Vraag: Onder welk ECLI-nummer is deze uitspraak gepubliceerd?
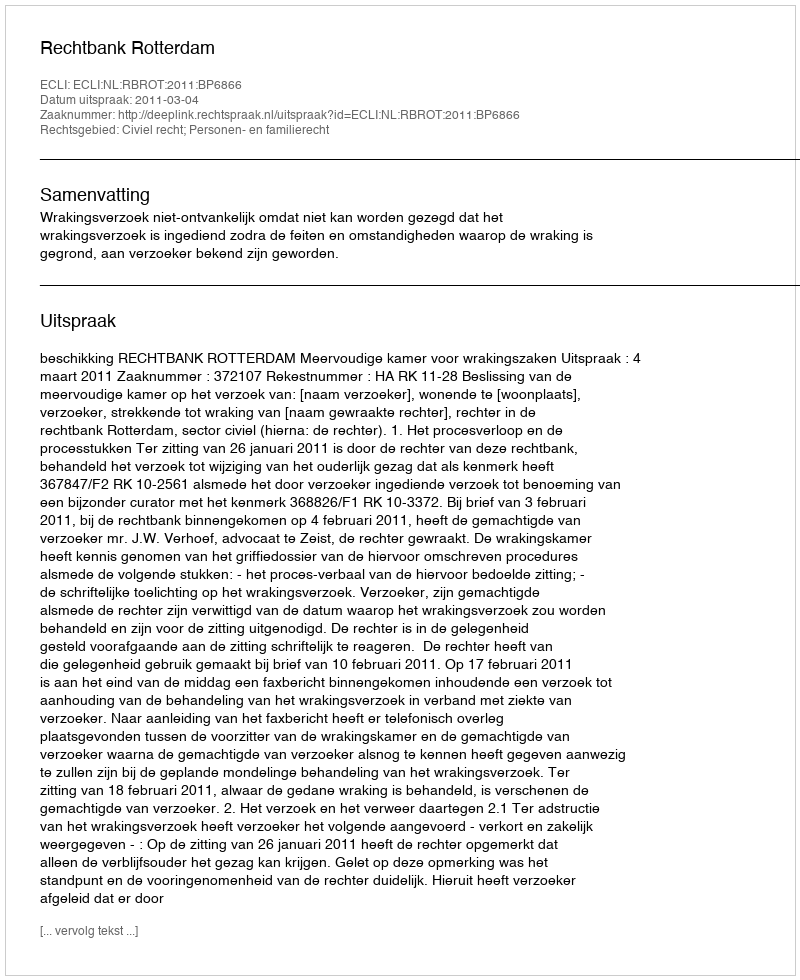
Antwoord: ECLI:NL:RBROT:2011:BP6866